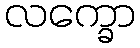
လက္ခော